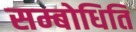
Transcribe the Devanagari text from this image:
सम्बोधिति